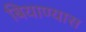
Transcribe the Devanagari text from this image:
बियाण्यास